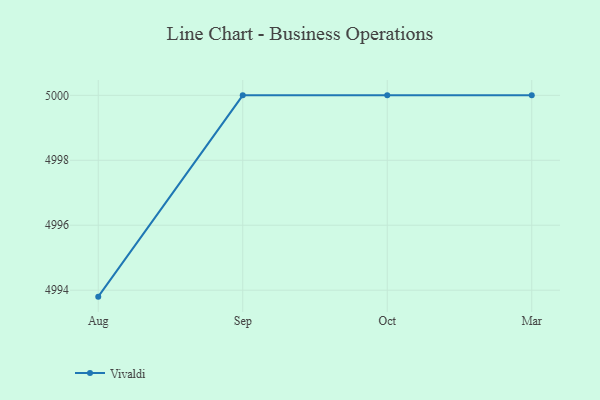
{"axis": {"x": "Month", "y": "Demand Index"}, "legend": ["Vivaldi"], "data": [{"x": "Aug", "y": 4993.8, "type": "Vivaldi"}, {"x": "Sep", "y": 5000, "type": "Vivaldi"}, {"x": "Oct", "y": 5000, "type": "Vivaldi"}, {"x": "Mar", "y": 5000, "type": "Vivaldi"}]}